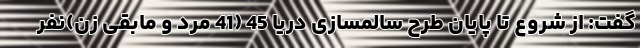
گفت: از شروع تا پایان طرح سالمسازی دریا 45 (41 مرد و مابقی زن)نفر